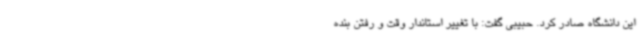
این دانشگاه صادر کرد. حبیبی گفت: با تغییر استاندار وقت و رفتن بنده